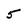
Character: 5